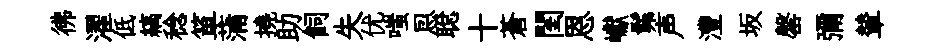
彿濯低縞稔箪蒲撓助飼失优嗤㤙聪十蒼閨恩巘髴声灃坂罄彌輦